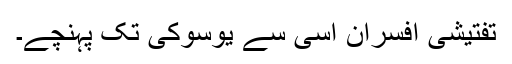
تفتیشی افسران اسی سے یوسوکی تک پہنچے۔